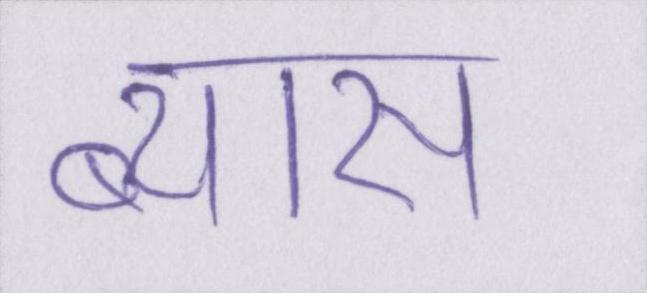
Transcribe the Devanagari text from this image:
ब्यास